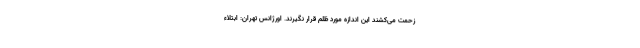
زحمت می‌کشند این اندازه مورد ظلم قرار نگیرند. اورژانس تهران: ابتلاء